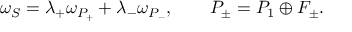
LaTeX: \omega _ { S } = \lambda _ { + } \omega _ { P _ { + } } + \lambda _ { - } \omega _ { P _ { - } } , \qquad P _ { \pm } = P _ { 1 } \oplus F _ { \pm } .